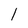
Character: l